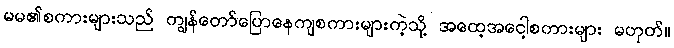
မမ၏စကားများသည် ကျွန်တော်ပြောနေကျစကားများကဲ့သို့ အထေ့အငေါ့စကားများ မဟုတ်။